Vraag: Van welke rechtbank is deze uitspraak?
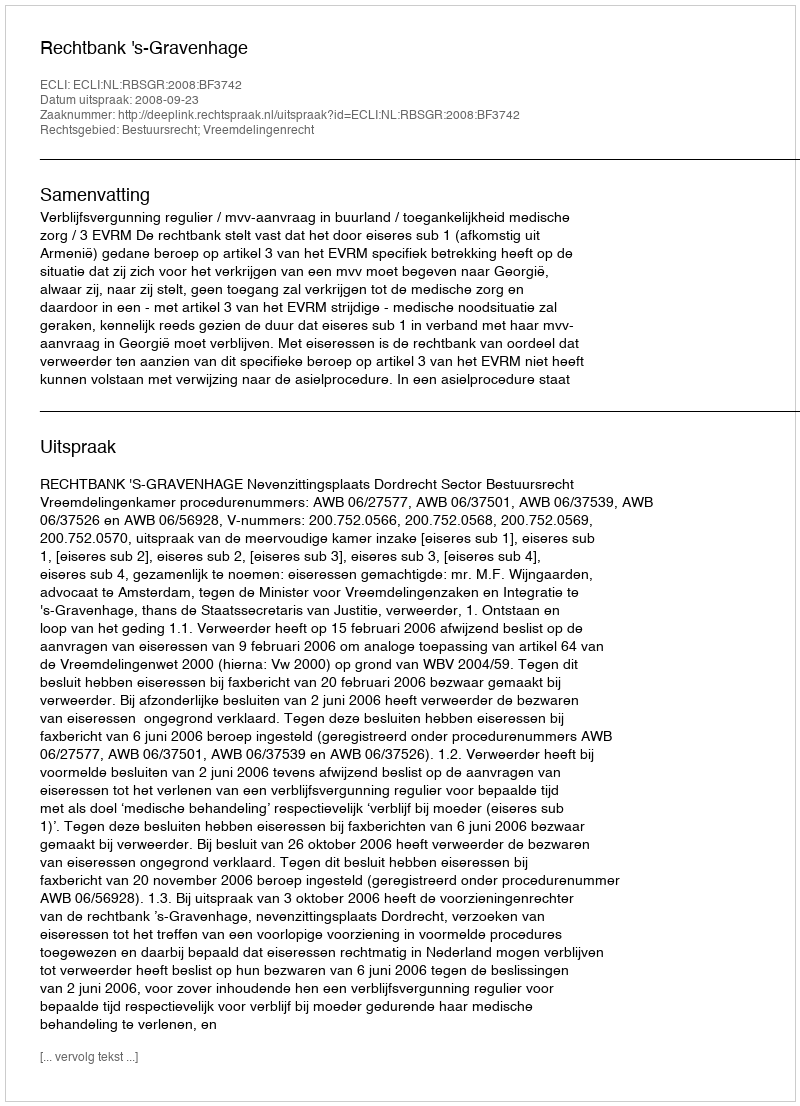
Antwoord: Rechtbank 's-Gravenhage